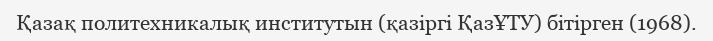
Қазақ политехникалық институтын (қазіргі ҚазҰТУ) бітірген (1968).